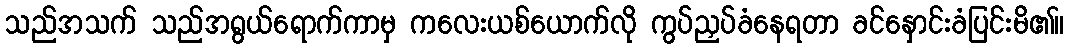
သည်အသက် သည်အရွယ်ရောက်ကာမှ ကလေးယစ်ယောက်လို ကွပ်ညှပ်ခံနေရတာ ခင်နှောင်းခံပြင်းမိ၏။